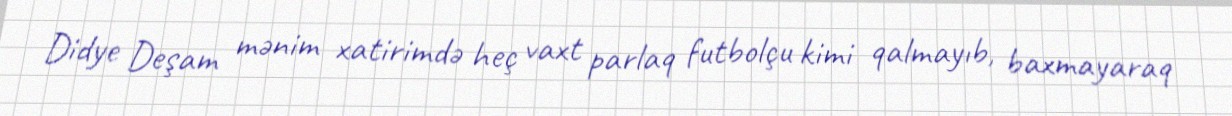
Didye Deşam mənim xatirimdə heç vaxt parlaq futbolçu kimi qalmayıb, baxmayaraq